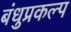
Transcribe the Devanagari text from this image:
बंधुप्रकल्प